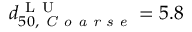
d _ { 5 0 , \textit { C o a r s e } } ^ { \mathrm { ~ L ~ U ~ } } = 5 . 8